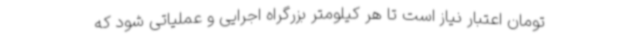
تومان اعتبار نیاز است تا هر کیلومتر بزرگراه اجرایی و عملیاتی شود که